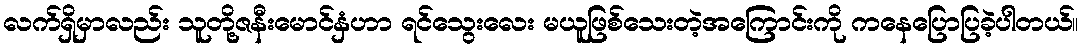
လက်ရှိမှာလည်း သူတို့ဇနီးမောင်နှံဟာ ရင်သွေးလေး မယူဖြစ်သေးတဲ့အကြောင်းကို ကနေပြောပြခဲ့ပါတယ်။